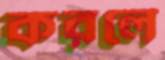
করলে